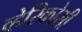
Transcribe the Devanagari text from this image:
व्हेरिकोसी